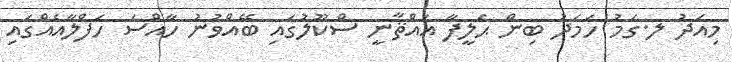
މިއަދު ލ.ގަމު ހަމަދު ބިން ޙަލީފާ އައްޘާނީ ސްކޫލުގައި ބޭއްވުނު ހާއްސަ ހަފްލާއެއްގައި